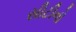
સીટીનો